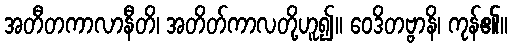
အတီတကာလာနီတိ၊ အတိတ်ကာလတို့ဟူ၍။ ဝေဒိတဗ္ဗာနိ၊ ကုန်၏။